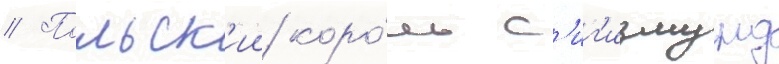
// Польск'ии коро́ль с'иг'измунд